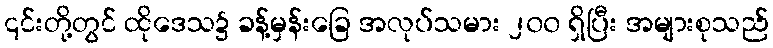
၎င်းတို့တွင် ထိုဒေသ၌ ခန့်မှန်းခြေ အလုပ်သမား ၂၀၀ ရှိပြီး အများစုသည်